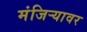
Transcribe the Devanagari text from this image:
मंजिऱ्यावर